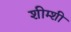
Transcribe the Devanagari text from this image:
शीम्शी